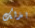
بذلك